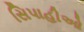
સિપાહીઓ